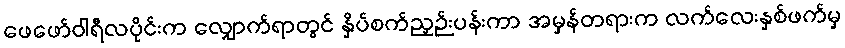
ဖေဖော်ဝါရီလပိုင်းက လျှောက်ရာတွင် နှိပ်စက်ညှဉ်းပန်းကာ အမှန်တရားက လက်လေးနှစ်ဖက်မှ